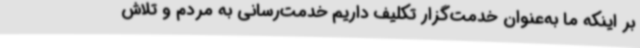
بر اینکه ما به‌عنوان خدمت‌گزار تکلیف داریم خدمت‌رسانی به مردم و تلاش